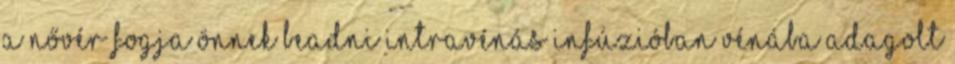
a nővér fogja Önnek beadni intravénás infúzióban vénába adagolt